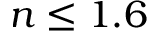
n \le 1 . 6